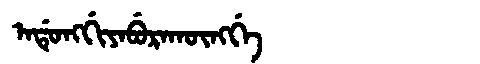
Manchu: ᠠᡩᡠᠩᡤᡳᠶᠠᠪᡠᡵᠠᡴᡡᠩᡤᡝ
Romanization: ADUNGGIYABURAKŪNGGE